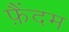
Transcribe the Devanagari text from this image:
फ़ैंदम